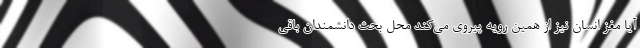
آیا مغز انسان نیز از همین رویه پیروی می‌کند محل بحث دانشمندان باقی